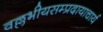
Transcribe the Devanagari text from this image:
वल्लभीयसम्प्रदायाचार्य